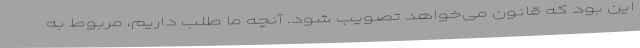
این بود که قانون می‌خواهد تصویب شود. آنچه ما طلب داریم،‌ مربوط به